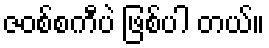
ဇဝစ်စကီပဲ ဖြစ်ပါ တယ်။